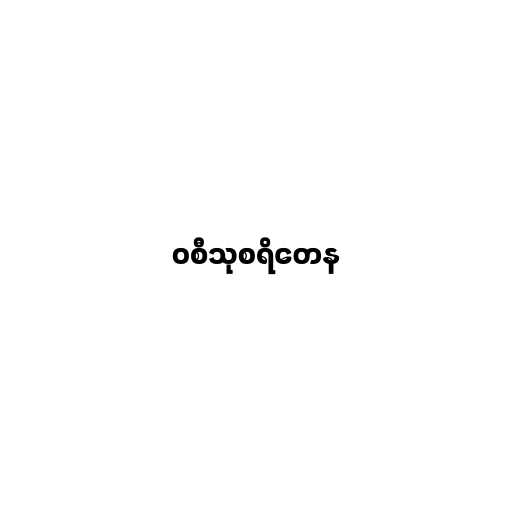
ဝစီသုစရိတေန